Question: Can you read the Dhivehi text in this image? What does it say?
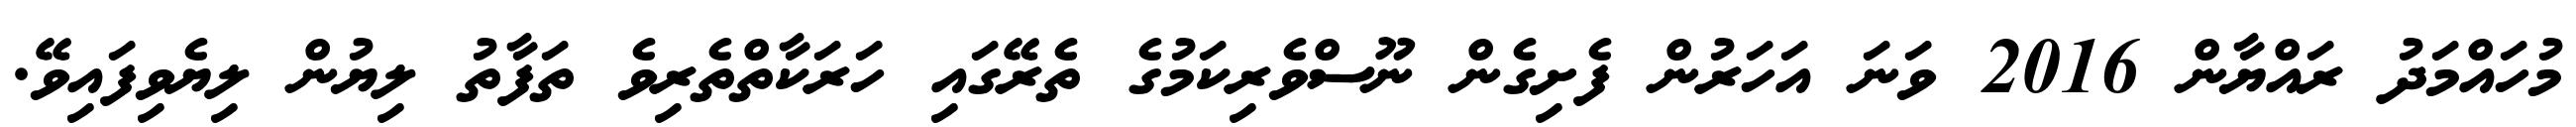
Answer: މުހައްމަދު ރައްޔާން 2016 ވަނަ އަހަރުން ފެށިގެން ނޫސްވެރިކަމުގެ ތެރޭގައި ހަރަކާތްތެރިވެ ތަފާތު ލިޔުން ލިޔެވިފައިވޭ.